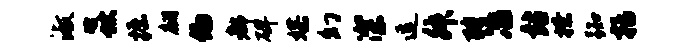
淑焱掘翩偏都碑媒幻深逗舛聘冶站撩踟括